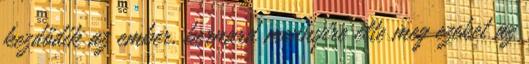
kezdődik az ember, bernard mennyire élte meg ezeket az